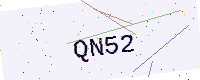
Text: QN52